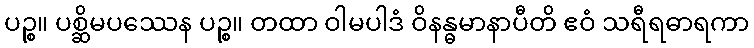
ပဉ္စ။ ပစ္ဆိမပဿေန ပဉ္စ။ တထာ ဝါမပါဒံ ဝိနန္ဓမာနာပီတိ ဧဝံ သရီရဓာရကာ